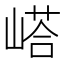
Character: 㟷